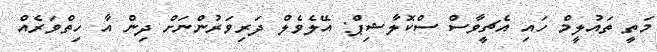
މަތީ ތައުލީމް ހައި އެޗީވާސް ސްކޮލާޝިޕް: އޭލެވެލް ދަރިވަރުންނަށް ދިން އާ ހިތްވަރެއް